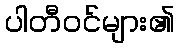
ပါတီဝင်များ၏